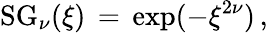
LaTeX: \begin{array}{l}{\displaystyle\mathrm{SG}_{\nu}(\xi)\, =\, \exp(-\xi^{2\nu})\, ,}\end{array}